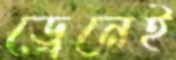
ড্রেনেই